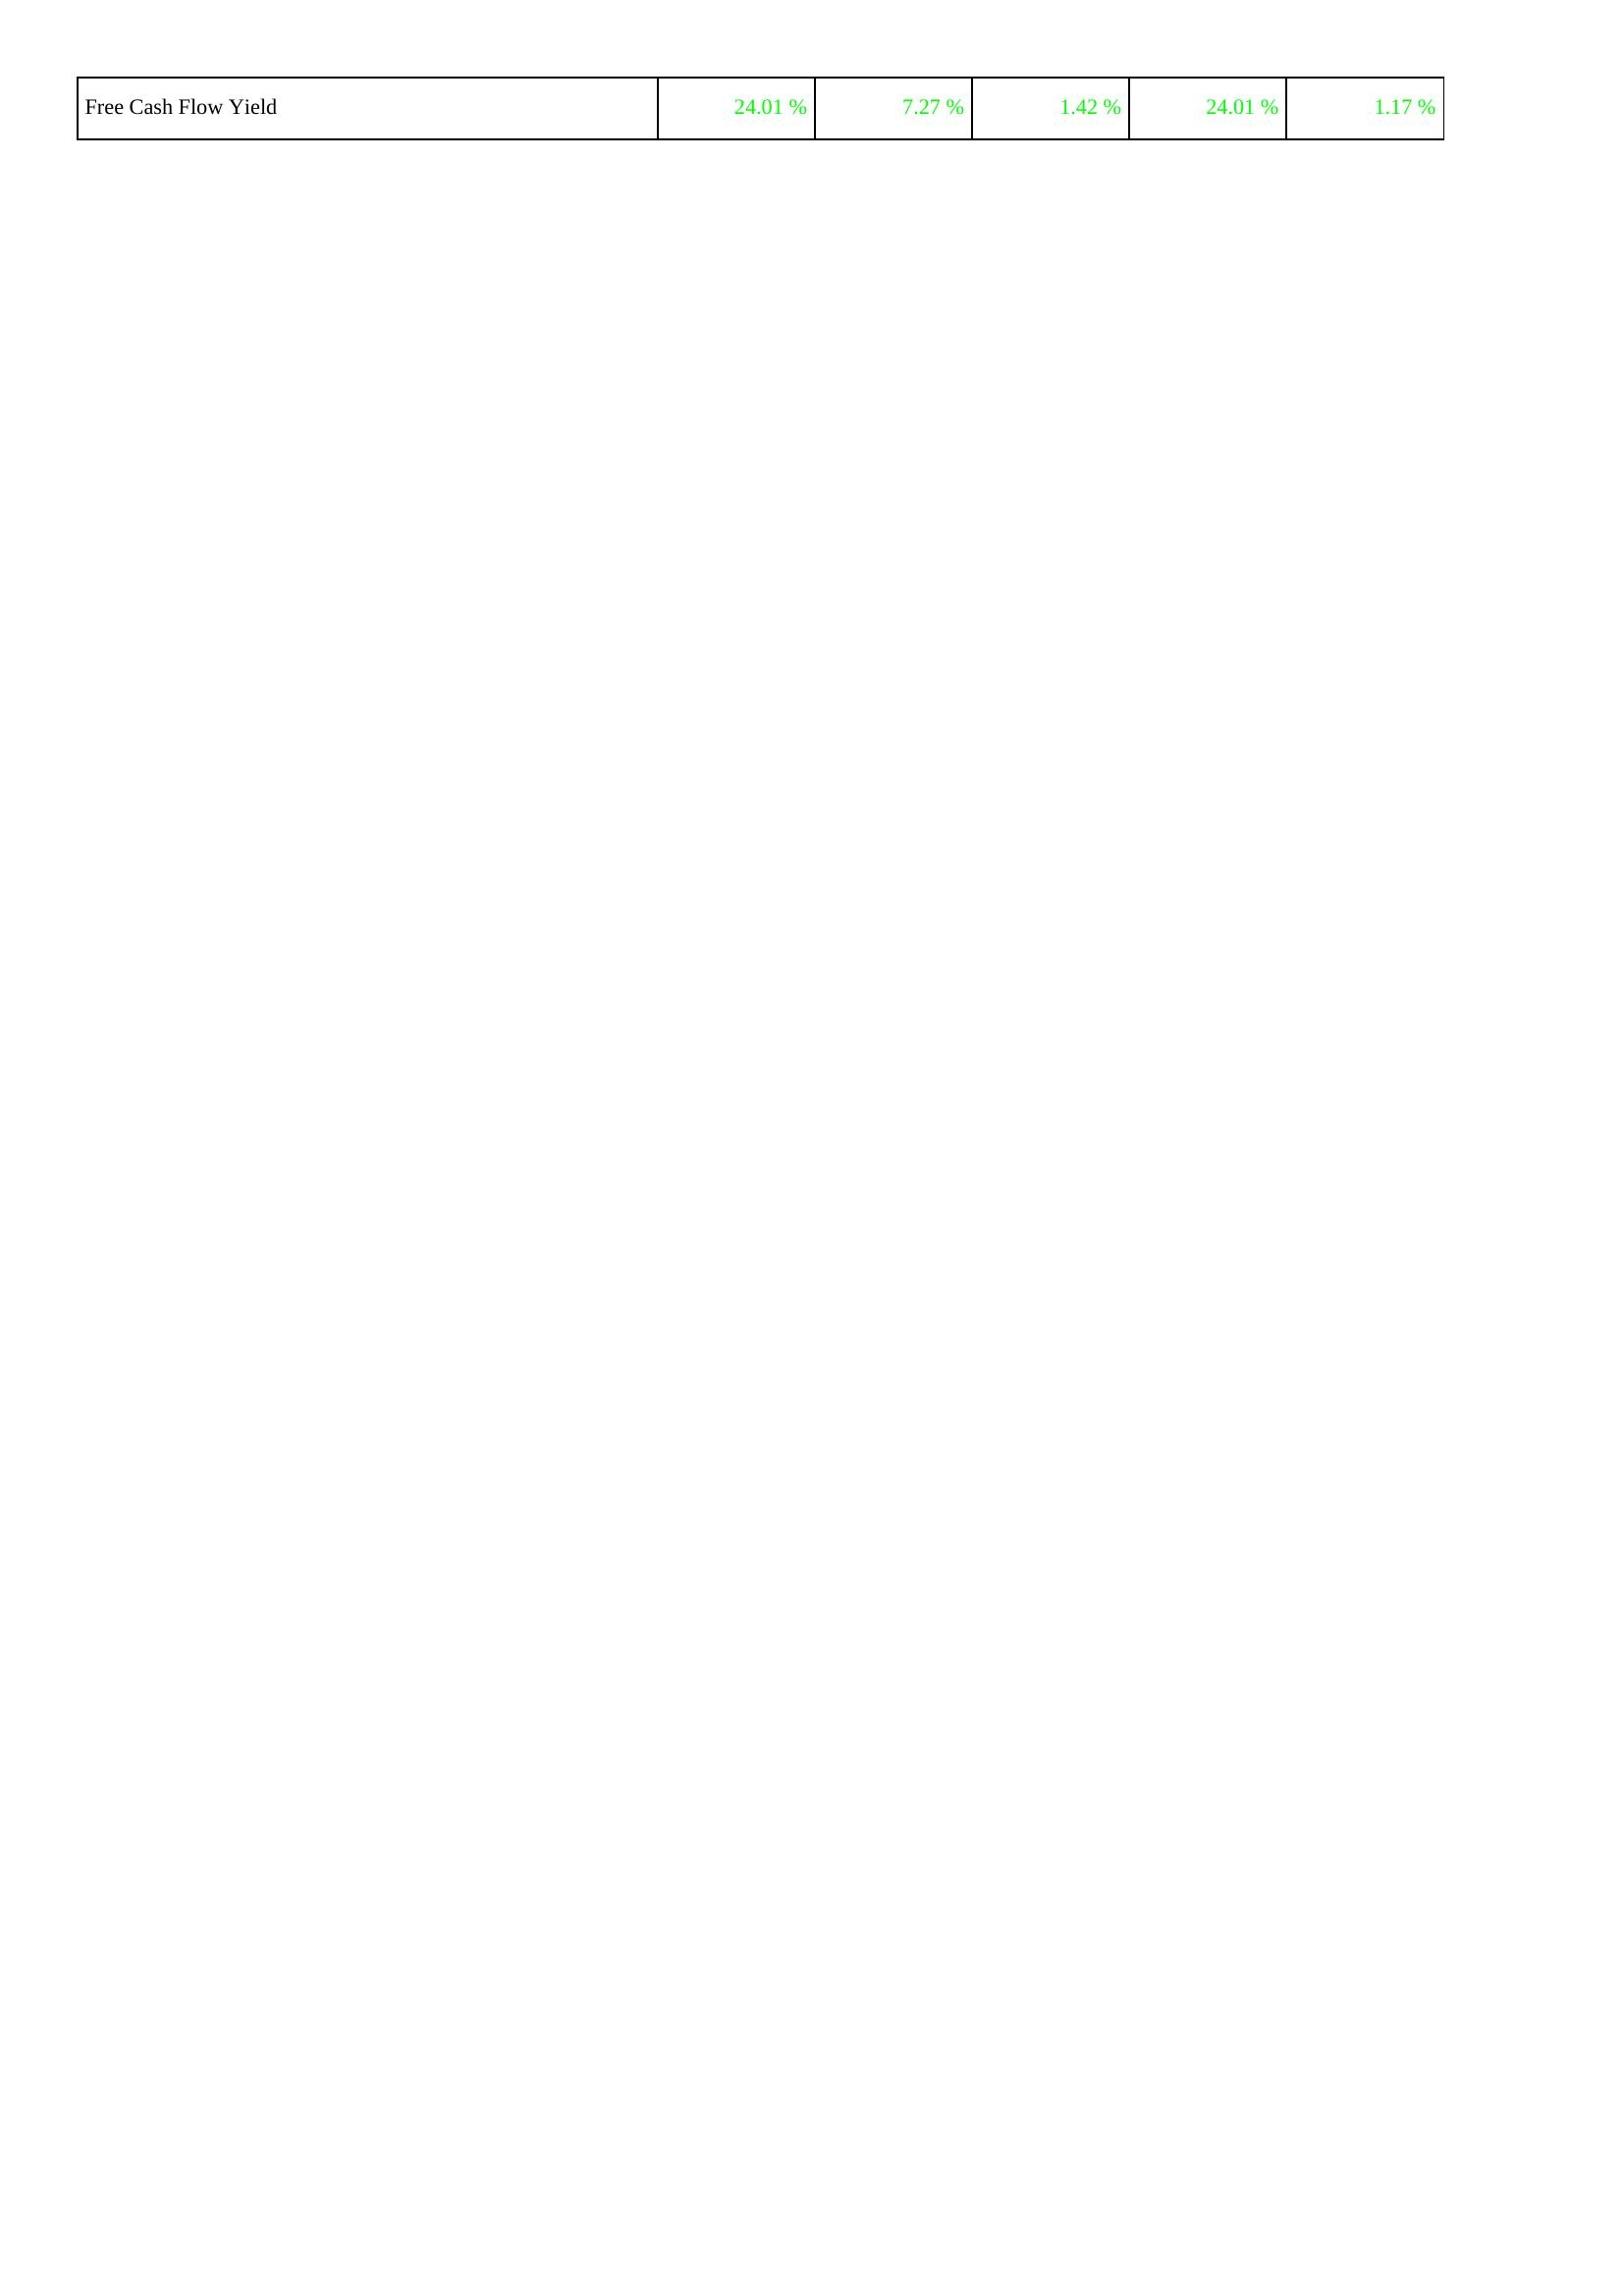
2025: Financing Activities: Free Cash Flow Yield: 24.01 %
2024: Financing Activities: Free Cash Flow Yield: 7.27 %
2023: Financing Activities: Free Cash Flow Yield: 1.42 %
2022: Financing Activities: Free Cash Flow Yield: 24.01 %
2021: Financing Activities: Free Cash Flow Yield: 1.17 %